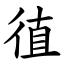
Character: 徝